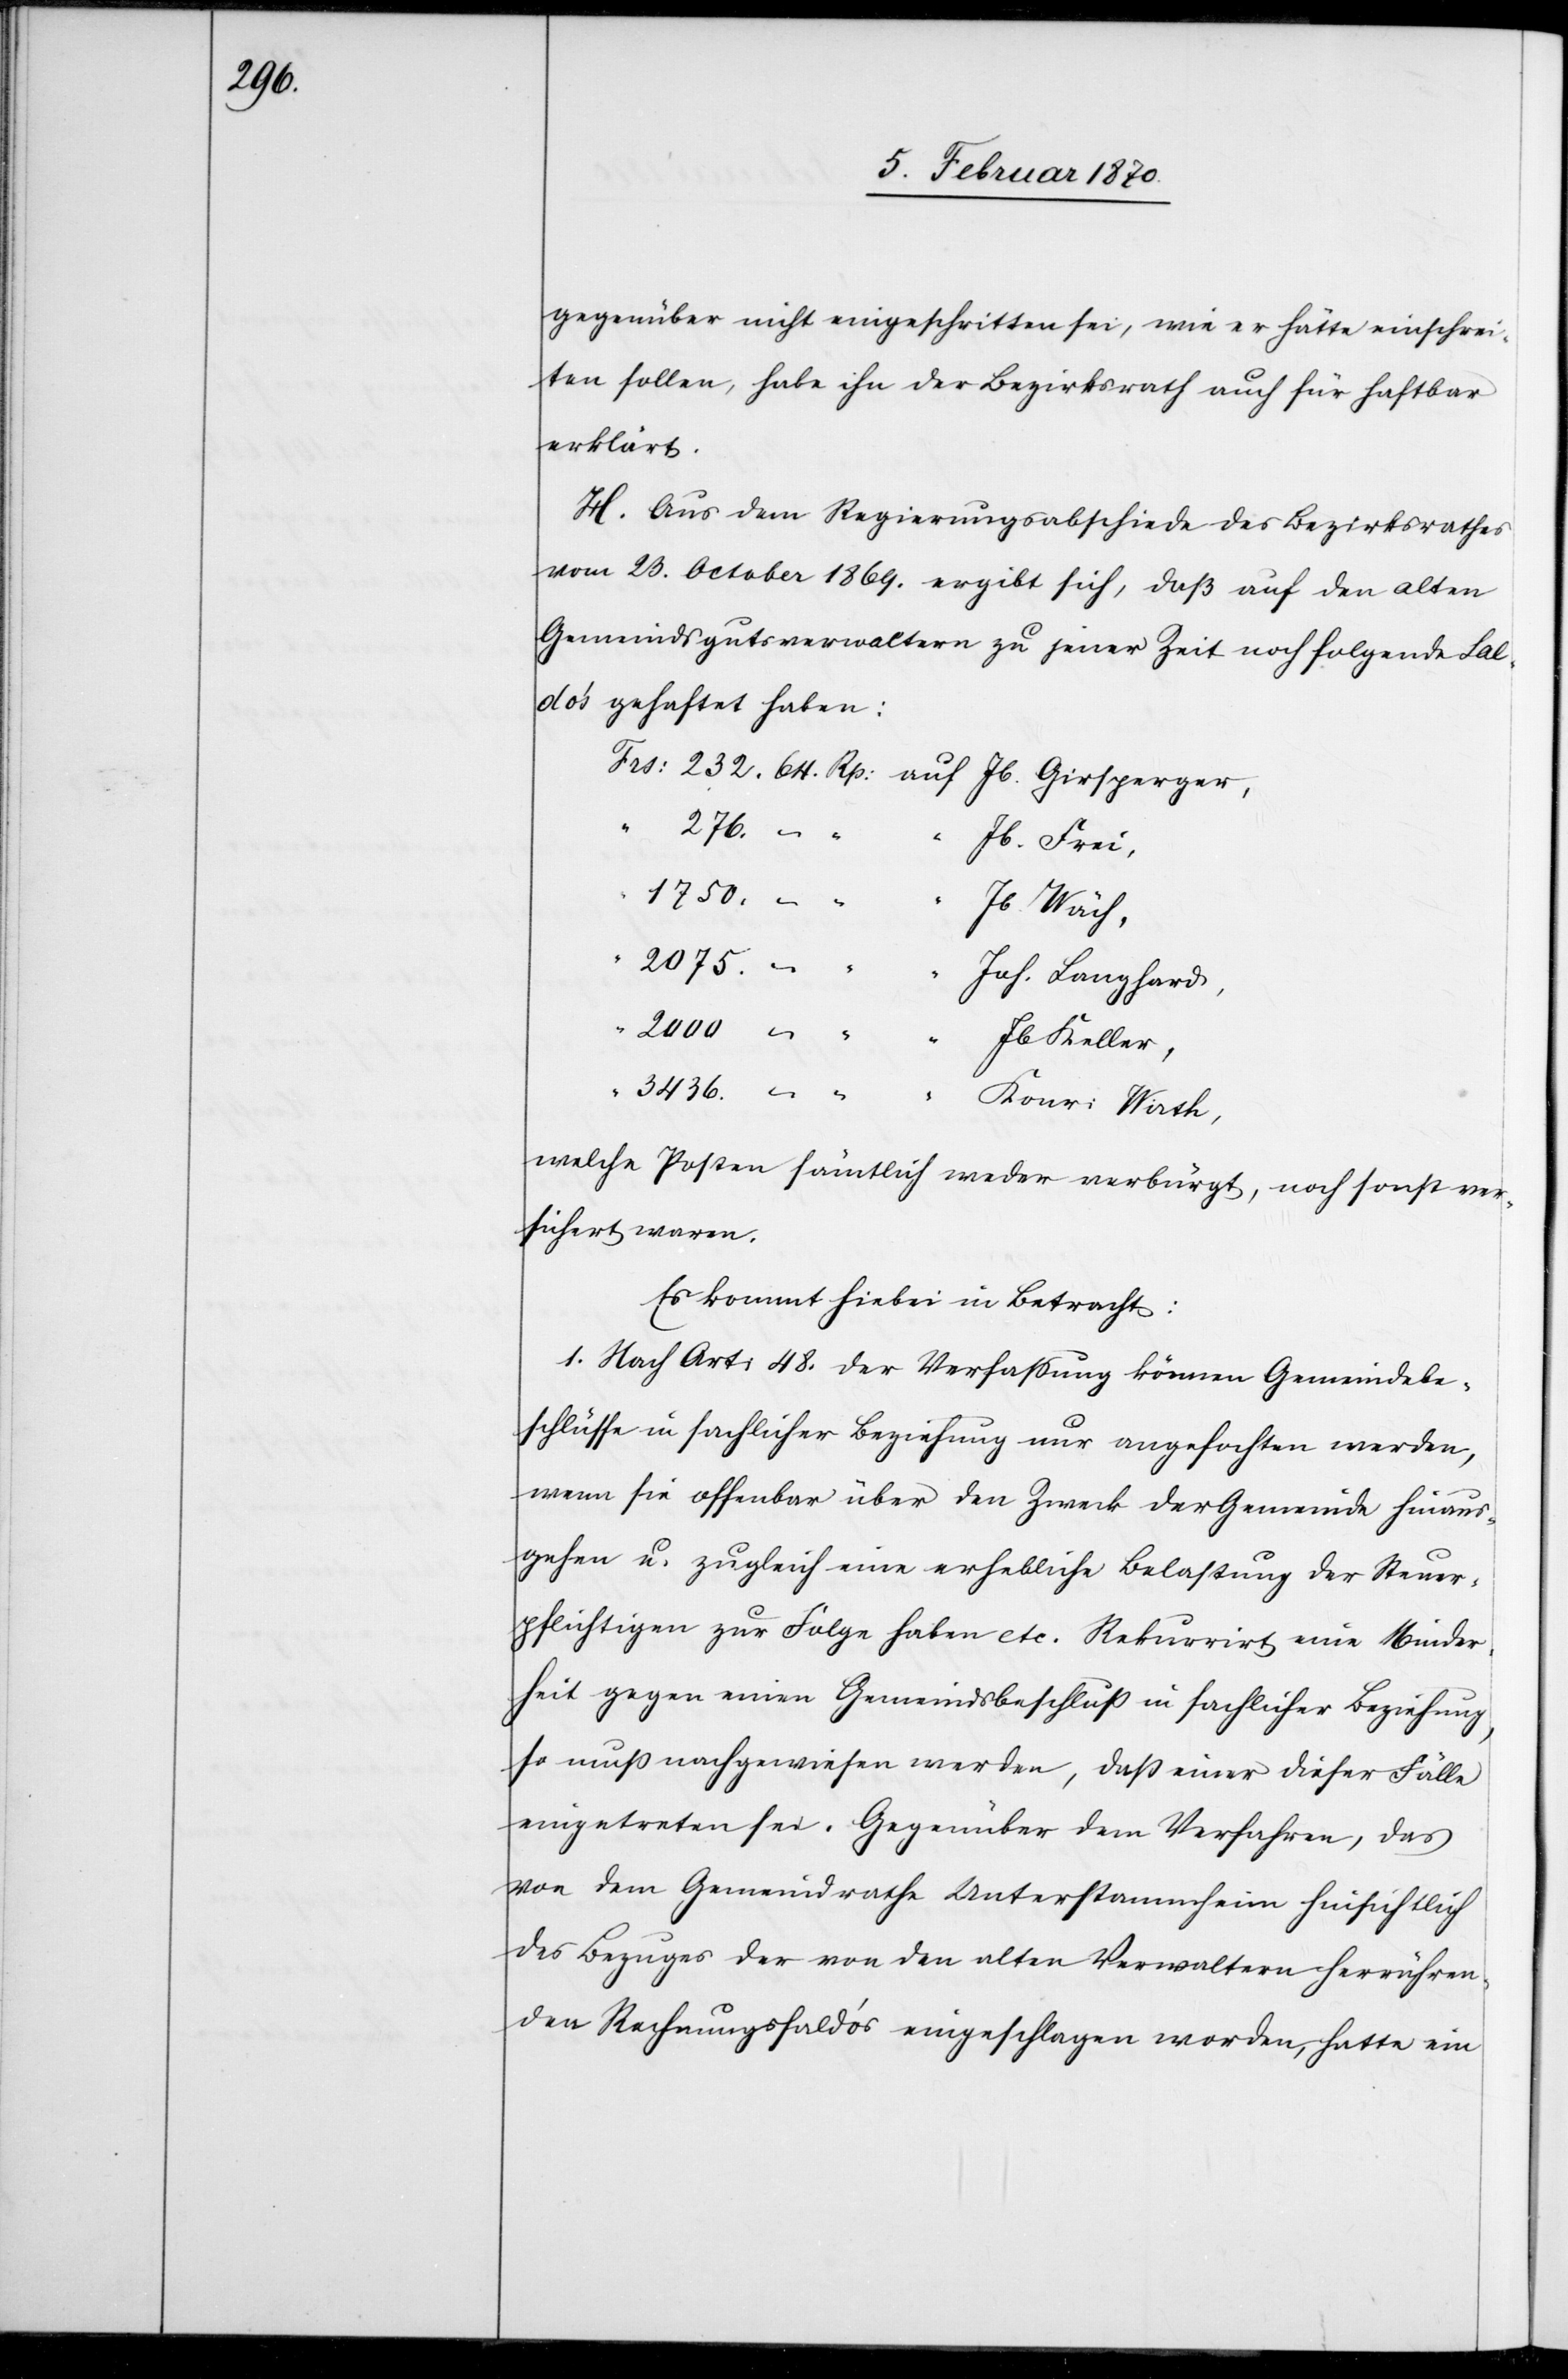
gegenüber nicht eingeschritten sei, wie er hätte einschrei¬
ten sollen, habe ihn der Bezirksrath auch für haftbar
erklärt.
H. Aus dem Regierungsabschiede des Bezirksrathes
vom 23. October 1869. ergibt sich, daß auf den alten
Gemeindsgutsverwaltern zu jener Zeit noch folgende Sal¬
doʼs gehaftet haben:
Frs: 232. 64. Rp. auf Jb. Girsperger,
Frei,
welche Posten sämtlich weder verbürgt, noch sonst ver¬
sichert waren.
Es kommt hiebei in Betracht:
1. Nach Art: 48. der Verfassung können Gemeindebe¬
schlüsse in sachlicher Beziehung nur angefochten werden,
wenn sie offenbar über den Zweck der Gemeinde hinaus¬
gehen u. zugleich eine erhebliche Belastung der Steuer¬
pflichtigen zur Folge haben etc. Rekurrirt eine Minder¬
heit gegen einen Gemeindsbeschluß in sachlicher Beziehung,
so muß nachgewiesen werden, daß einer dieser Fälle
eingetreten sei. Gegenüber dem Verfahren, das
von dem Gemeindrathe Unterstammheim hinsichtlich
des Bezuges der von den alten Verwaltern herrühren¬
den Rechnungssaldoʼs eingeschlagen worden, hatte ein